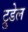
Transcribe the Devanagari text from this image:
ट्रुडेल